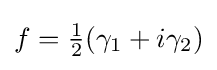
f={\tfrac {1}{2}}(\gamma _{1}+i\gamma _{2})